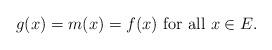
LaTeX: \begin{align*}g(x) = m(x) = f(x) \textrm{ for all } x\in E.\end{align*}